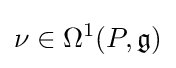
\nu \in \Omega ^{1}(P,{\mathfrak {g}})